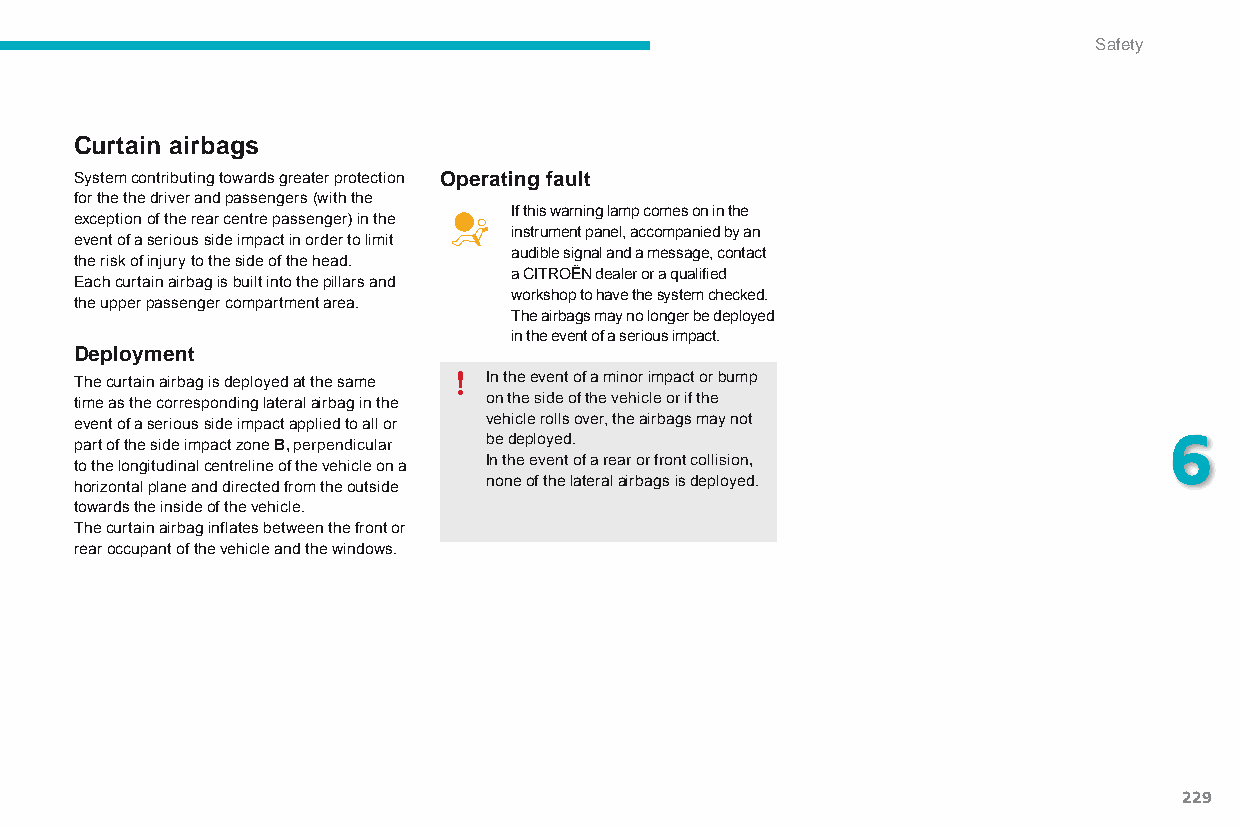
Safety
 Curtain airbags
 System contributing towards greater protection Operating fault
 for the the driver and passengers (with the
 If this warning lamp comes on in the
 exception of the rear centre passenger) in the
 instrument panel, accompanied by an
 event of a serious side impact in order to limit
 audible signal and a message, contact
 the risk of injury to the side of the head.
 a CITRoËn dealer or a qualified
 Each curtain airbag is built into the pillars and
 workshop to have the system checked.
 the upper passenger compartment area.
 The airbags may no longer be deployed
 in the event of a serious impact.
 Deployment
 The curtain airbag is deployed at the same In the event of a minor impact or bump
 time as the corresponding lateral airbag in the on the side of the vehicle or if the
 event of a serious side impact applied to all or vehicle rolls over, the airbags may not
 part of the side impact zone B, perpendicular be deployed.              6
 to the longitudinal centreline of the vehicle on a In the event of a rear or front collision,
 horizontal plane and directed from the outside none of the lateral airbags is deployed.
 towards the inside of the vehicle.
 The curtain airbag inflates between the front or
 rear occupant of the vehicle and the windows.
 229
 C4-Picasso-II_en_Chap06_securite_ed01-2015